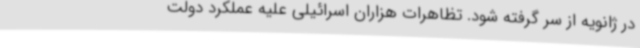
در ژانویه از سر گرفته شود. تظاهرات هزاران اسرائیلی علیه عملکرد دولت